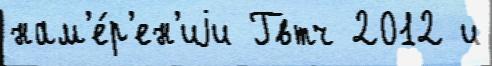
нам'е́р'ен'иjи Гвтч 2012 и